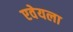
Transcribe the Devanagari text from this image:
एवेयला